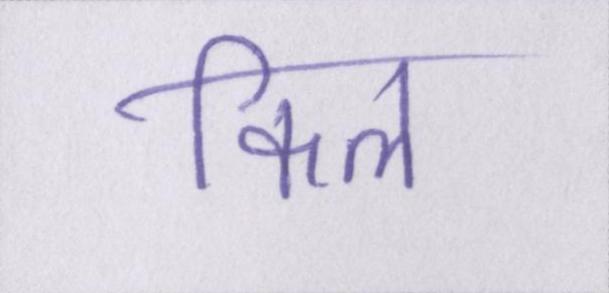
किल